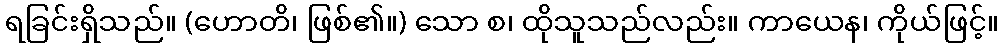
ရခြင်းရှိသည်။ (ဟောတိ၊ ဖြစ်၏။) သော စ၊ ထိုသူသည်လည်း။ ကာယေန၊ ကိုယ်ဖြင့်။